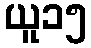
ယူ၁၅